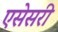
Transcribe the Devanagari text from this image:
एसेसरी